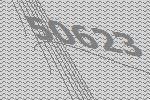
50623